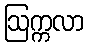
ဩက္ကလာ